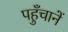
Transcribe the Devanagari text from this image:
पहुँचानें